Indian journal of veterinary science and animal husbandry - Volumes 18-21, 1948-1951
Year: 1948
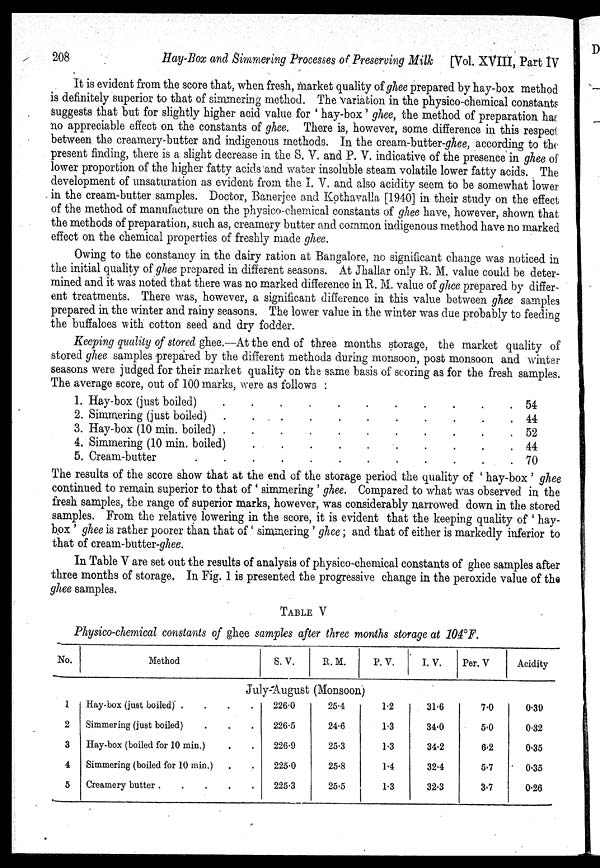
208
Bay-Box and Simmering Processes of Preserving Milk
[Vol. XVIII, Part IV
It is evident from the score that, when fresh, market quality of ghee prepared by hay-box method
is definitely superior to that of simmering method. The variation in the physico-chemical constants
suggests that but for slightly higher acid value for ' hay-box ' ghee, the method of preparation has
no appreciable effect on the constants of ghee. There is, however, some difference in this respect
between the creamery-butter and indigenous methods. In the cream-butter-ghee, according to the
present finding, there is a slight decrease in the S. V. and P. V. indicative of the presence in ghee of
lower proportion of the higher fatty acids and water insoluble steam volatile lower fatty acids. The
development of unsaturation as evident from the I. V. and also acidity seem to be somewhat lower
in the cream-butter samples. Doctor, Banerjee and Kpthavalla [1940] in their study on the effect
of the method of manufacture on the physico-chemical constants of ghee have, however, shown that
the methods of preparation, such as, creamery butter and common indigenous method have no marked
effect on the chemical properties of freshly made ghee.
Owing to the constancy in the dairy ration at Bangalore, no significant change was noticed in
the initial quality of ghee prepared in different seasons. At Jhallar only R. M. value could be deter-
mined and it was noted that there was no marked difference in R. M. value of ghee prepared by differ-
ent treatments. There was, however, a significant difference in this value between ghee samples
prepared in the winter and rainy seasons. The lower value in the winter was due probably to feeding
the buffaloes with cotton seed and dry fodder.
Keeping quality of stored ghee.—At the end of three months storage, the market quality of
stored ghee samples prepared by the different methods during monsoon, post monsoon and winter
seasons were judged for their market quality on the same basis of scoring as for the fresh samples.
The average score, out of 100 marks, were as follows :
1. Hay-box (just boiled)
2. Simmering (just boiled)
3. Hay-box (10 min. boiled)
4. Simmering (10 min. boiled)
5. Cream-butter
54
44
52
44
70
The results of the score show that at the end of the storage period the quality of ' hay-box ' ghee
continued to remain superior to that of ' simmering ' ghee. Compared to what was observed in the
fresh samples, the range of superior marks, however, was considerably narrowed down in the stored
samples. From the relative lowering in the score, it is evident that the keeping quality of ' hay-
box ' ghee is rather poorer than that of ' simmering ' ghee ; and that of either is markedly inferior to
that of cream-butter-ghee.
In Table V are set out the results of analysis of physico-chemical constants of ghee samples after
three months of storage. In Fig. 1 is presented the progressive change in the peroxide value of the
ghee samples.
TABLE V
Physico-chemical constants of ghee samples after three months storage at 104°F.
No.
1
2
3
4
5
Method
S. V.
R. M.
P. V.
July-August (Monsoon)
Hay-box (just boiled)
....
Simmering (just boiled)
Hay-box (boiled for 10 min.)
Simmering (boiled for 10 min.)
Creamery butter
2260
226.5
226.9
225.0
225.3
25.4
24.6
25.3
25.8
25.5
1.2
1.3
1.3
1.4
1.3
I. V.
31.6
34.0
34.2
32.4
32.3
Per. V
7.0
5.0
6.2
5.7
3.7
Acidity
0.39
0.32
0.35
0.35
0.26